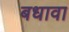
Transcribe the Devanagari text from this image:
बधावा